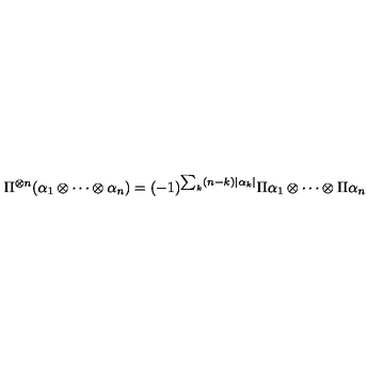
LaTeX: \Pi ^ { \otimes n } ( \alpha _ { 1 } \otimes \cdots \otimes \alpha _ { n } ) = ( - 1 ) ^ { \sum _ { k } ( n - k ) | \alpha _ { k } | } \Pi \alpha _ { 1 } \otimes \cdots \otimes \Pi \alpha _ { n }